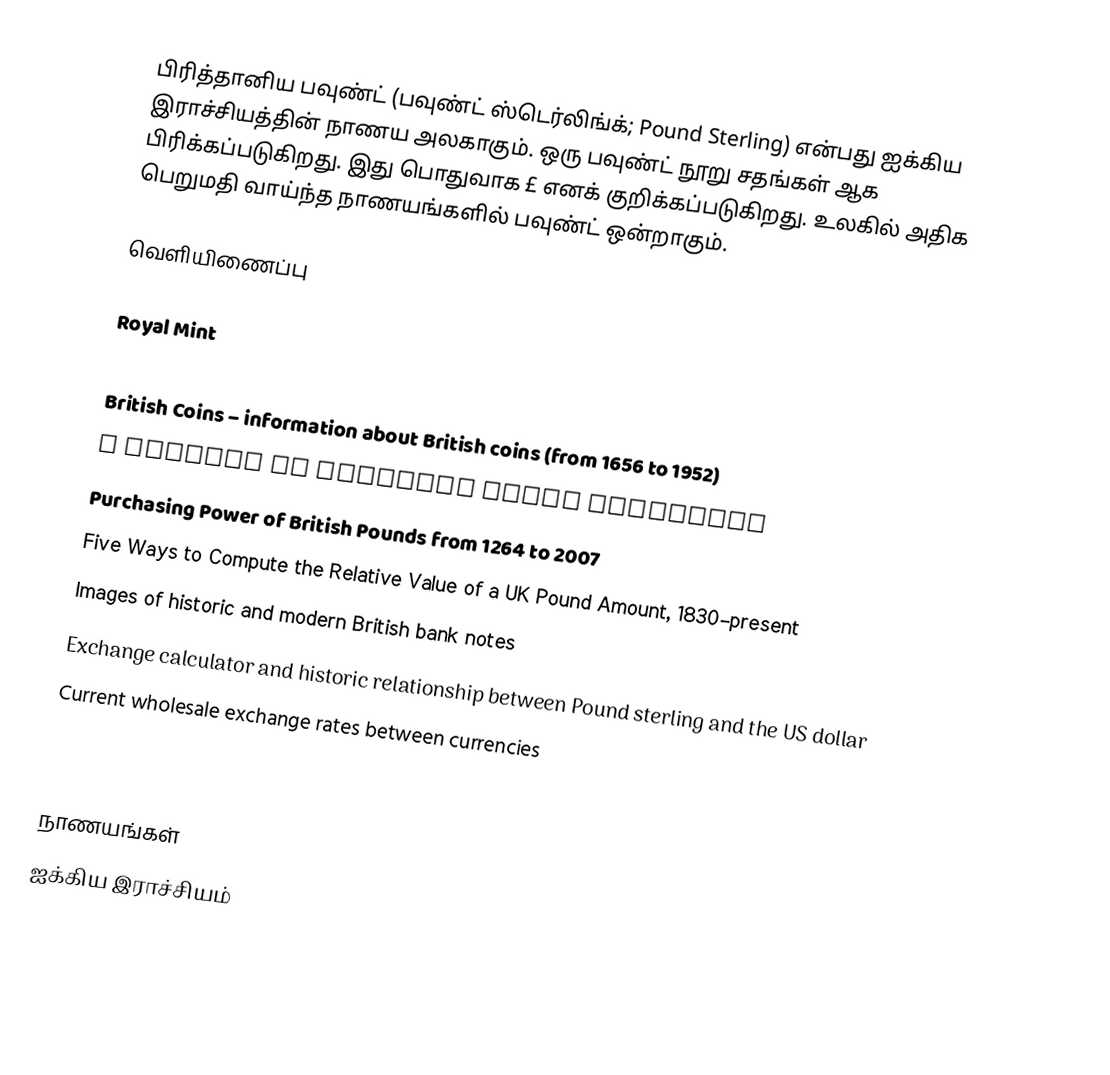
பிரித்தானிய பவுண்ட் (பவுண்ட் ஸ்டெர்லிங்க்; Pound Sterling) என்பது ஐக்கிய இராச்சியத்தின் நாணய அலகாகும். ஒரு பவுண்ட் நூறு சதங்கள் ஆக பிரிக்கப்படுகிறது. இது பொதுவாக £ எனக் குறிக்கப்படுகிறது. உலகில் அதிக பெறுமதி வாய்ந்த நாணயங்களில் பவுண்ட் ஒன்றாகும்.

வெளியிணைப்பு

 Royal Mint
 Coin Types from Great Britain Lists, pictures, and values of Great Britain coin types
British Coins – information about British coins (from 1656 to 1952)
 A history of sterling Daily Telegraph
 Purchasing Power of British Pounds from 1264 to 2007
 Five Ways to Compute the Relative Value of a UK Pound Amount, 1830–present
 Images of historic and modern British bank notes
 Exchange calculator and historic relationship between Pound sterling and the US dollar
 Current wholesale exchange rates between currencies

நாணயங்கள்
ஐக்கிய இராச்சியம்